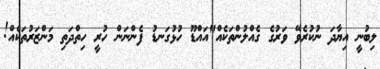
ލިބުނީ އިޔާދަ ނުކުރެވޭ ވަރުގެ ގެއްލުންތަކެއް"އައްޑޫ ހުޅުގަނޑު ފެންނަން ހުރީ ހިތްދަތި މަންޒަރުތަކެއް!